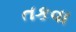
તકવા